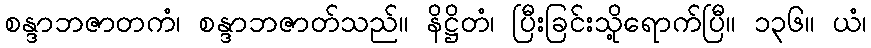
စန္ဒာဘဇာတကံ၊ စန္ဒာဘဇာတ်သည်။ နိဋ္ဌိတံ၊ ပြီးခြင်းသို့ရောက်ပြီ။ ၁၃၆။ ယံ၊